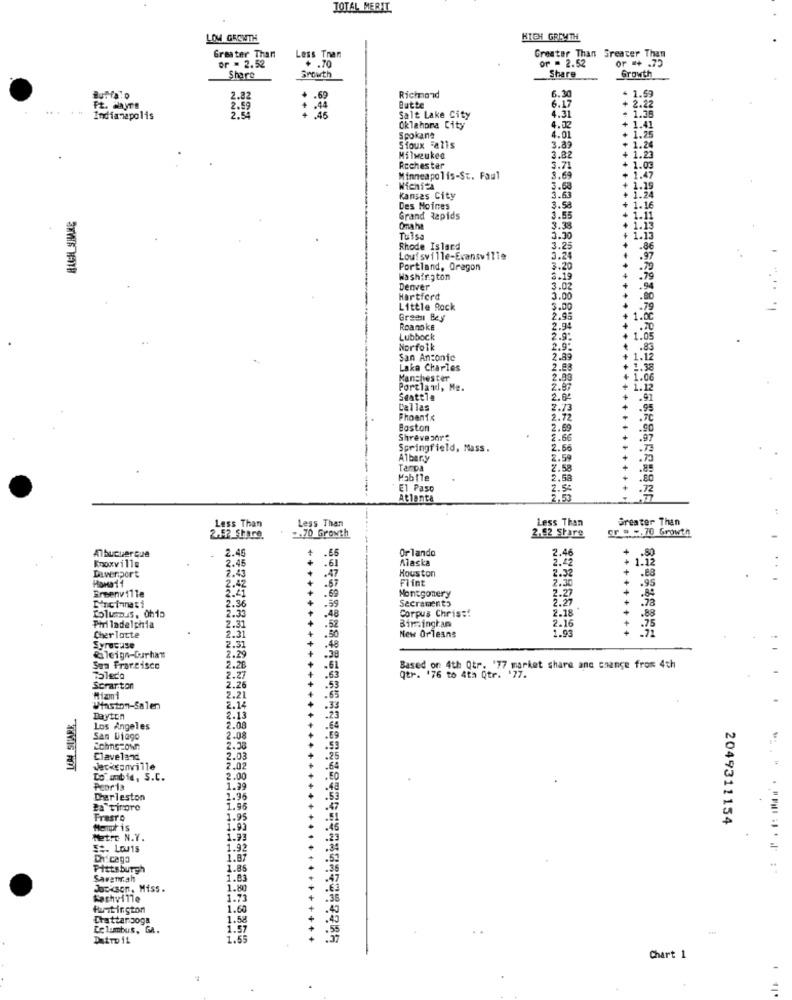
TOTAL MERIT
LOW GROWTH
HIGH GROWTH
Greater Than
or = 2.52
Less Than
Greater Than Greater Than
or ** . 75
+ .70
or = 2.52
Growth
Share
Growth
Share
Richmond
6.30
4 1.59
Buffalo
2.82
.69
lutte
+ 2.22
...
2.59
.44
6.17
+ 1.38
Indianapolis
2.54
.46
Salt Lake City
4.31
1.41
Oklahoma City
4.02
1.25
Spokane
4.01
Sioux Falls
3.89
1.24
Milwaukee
3.82
1.23
Roches tar
3.71
1.47
1.03
Minneapolis-St. Faul
3.69
Wichi
3.68
.19
Kansas City
3.63
Des Moines
3.58
.16
HIGH SHAKE
Grand Rapids
3.55
Omaha
3.38
Tulsa
3.35
Rhode Island
3.25
.86
Louisville-Eransville
3.24
Portland, Oregon
3.20
Washington
3.19
Denver
3.02
Hartford
3.00
Little Rock
3.00
Gradi Bey
2.95
Roanoke
2.94
Lubbock
2.9:
Norfolk
2.9:
San Antonic
2.89
Lake Charles
2.88
Manchester
2.93
Portland, Me.
2.97
Seattle
2.94
Dallas
Phoenix
Boston
2.69
Shreveport
2.66
.97
Springfield, Mass.
2.56
Albary
2.59
Tampa
2.58
Mabile
2.58
El Paso
Atlanta
Less Than
Less Than
Greater Than
2.62 Share
Less Than
cr & c. 70 Growth
2.52 Share.
2.70 Growth
2.46
+
Albucierque
2.46
Orlando
Alaska
2.42
Knoxville
Davenport
2.45
.61
Houston
1.12
.88
2.43
.47
Flint
2.32
.95
Greenville
2.42
.67
2.27
2.36
.69
.59
Secramento
Montgomery
48
Corpus Christ!
2.18
.78
2.33
Birmingham
Philadelphia
2.31
2.31
.52
New Orleans
2.16
1.93
.75
Cher Toute
.50
Syracuse
2.31
2.29
.48
faleign-Durham
San Francisco
2.28
Based on 4th Qtr. '77 market share and change from 4th
2.27
Qtr. '76 to 4th Qtr. '77.
Scranton
2.26
Miami
2.21
Winston-Salem
2.14
Dayton
2.13
Los Angeles
2.08
San Diego
2.08
Echngrow
2.58
Claveland
2.03
Jacksonville
2.02
To" anbie, S.C.
2.00
Peoria
1.99
Derleston
1.96
Pa tirore
1.96
Frasro
1.95
2049311154
Memphis
1.91
Metre N.Y.
1.93
St. Louis
1.92
Dr.caga
1.87
Pittsburgh
1.85
Savannah
1.83
Jackson. Miss .
1.80
.63
Kachville
1.73
-35
Hamit ington
1.60
Chattanooga
1.58
Columbus, Ga.
1.57
Datro 11
1.55
Chart 1